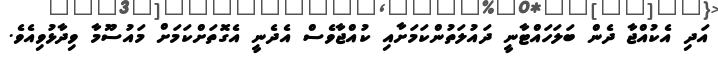
އަދި އެކުއްޖާ ދެން ބަލަހައްޓާނީ ދައުލަތުންކަމަށާއި ކުއްޖާވެސް އެދެނީ އެގޮތަށްކަމަށް މައުސޫމާ ވިދާޅުވިއެވެ.